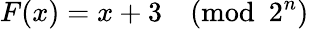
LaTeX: F(x)=x+3{\pmod{2^{n}}}